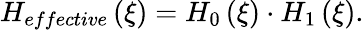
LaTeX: H_{effective}\left(\xi\right)=H_{0}\left(\xi\right)\cdot H_{1}\left(\xi\right).